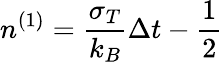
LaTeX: n^{(1)}=\frac{\sigma_{T}}{k_{B}}\Delta t-\frac{1}{2}